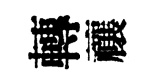
轉禳